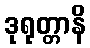
ဒုရုတ္တာနိ